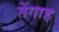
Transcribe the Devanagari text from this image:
तेंगाह